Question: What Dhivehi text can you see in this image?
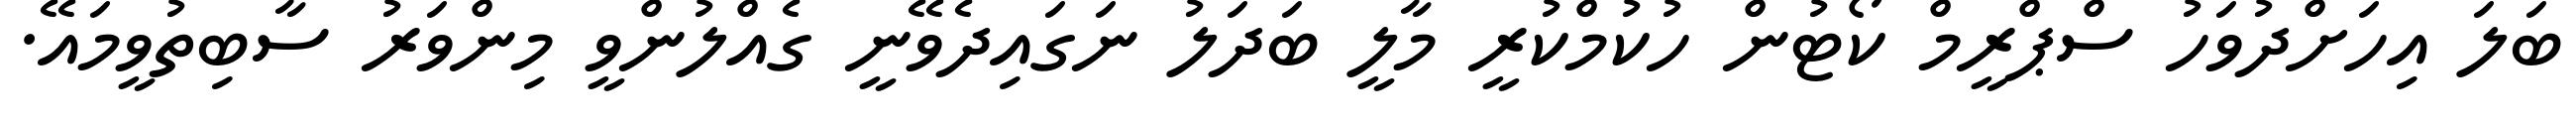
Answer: ބަލަ އިހަށްދުވަހު ސްޕްރީމް ކޯޓުން ހުކުމްކުރީ މާލީ ބަދަލު ނަގައިދެވޭނީ ގެއްލުންވީ މިންވަރު ސާބިތުވީމައޭ.